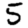
Digit: 5